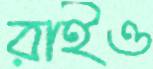
রাইও